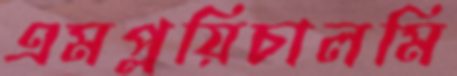
এমপ্লয়িচালমি